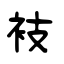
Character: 衼